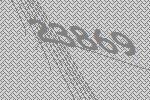
23869